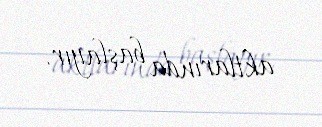
aktlarında başlayır.